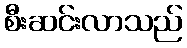
စီးဆင်းလာသည်